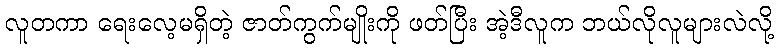
လူတကာ ရေးလေ့မရှိတဲ့ ဇာတ်ကွက်မျိုးကို ဖတ်ပြီး အဲ့ဒီလူက ဘယ်လိုလူများလဲလို့